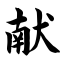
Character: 献